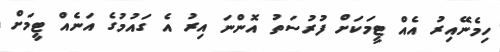
ހިމެނޭއިރު އެއް ޓީމަކަށް ފުރުސަތު އޮންނަ އިރު އެ ގައުމުގެ އަނެއް ޓީމަށް